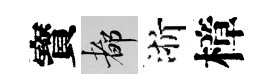
寳都浙樟